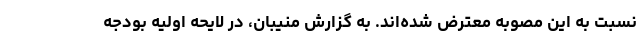
نسبت به این مصوبه معترض شده‌اند. به گزارش منیبان، در لایحه اولیه بودجه